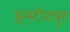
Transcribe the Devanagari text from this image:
इन्‍स्‍टीटयूट